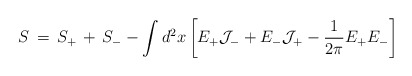
\begin{align*}S\, = \, S_+ \,+\, S_- -\int d^2x \left[ E_+ { \cal J}_- + E_- { \cal J}_+ - { 1\over { 2 \pi }} E_+ E_- \right]\end{align*}